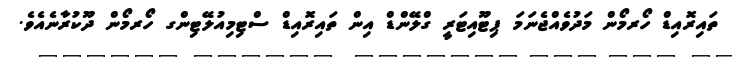
ތައިރޮއިޑް ހޯރމޯން މަދުވެއްޖެނަމަ ޕިޓޫއިޓަރީ ގްލޭންޑް އިން ތައިރޮއިޑް ސްޓިމިއުލޭޓިންގ ހޯރމޯން ދޫކުރާނެއެވެ.